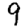
Digit: 9